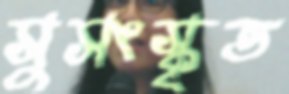
সুসংস্কৃত